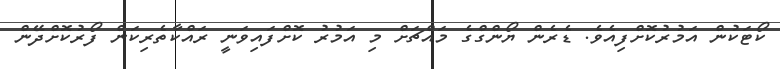
ކޯޓަކުން އަމުރުކޮށްފިއެވެ. ޑެރެން ޔޯންގްގެ މައްޗަށް މި އަމުރު ކޮށްފައިވަނީ ރައްކާތެރިކަން ފޯރުކޮށްދޭން